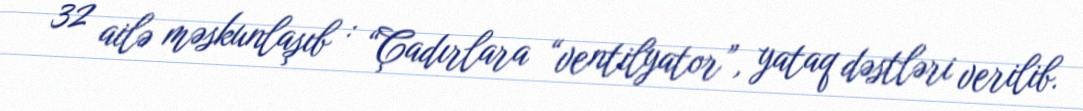
32 ailə məskunlaşıb : “Çadırlara “ventilyator”, yataq dəstləri verilib.